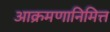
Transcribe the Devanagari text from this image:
आक्रमणानिमित्त